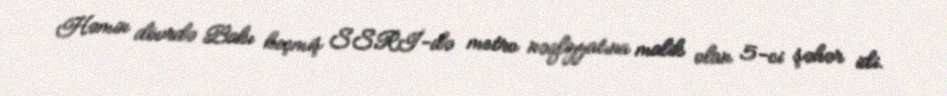
Həmin dövrdə Bakı keçmiş SSRİ-də metro nəqliyyatına malik olan 5-ci şəhər idi.